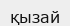
қызай